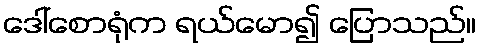
ဒေါ်စောရုံက ရယ်မော၍ ပြောသည်။